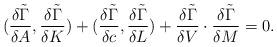
LaTeX: \begin{align*}({{\delta \tilde \Gamma} \over {\delta A}},{{\delta \tilde \Gamma} \over {\delta K}} )+({{\delta \tilde \Gamma} \over {\delta c}},{{\delta \tilde \Gamma} \over {\delta L}} )+{{\delta \tilde \Gamma} \over {\delta V}}\cdot{{\delta \tilde \Gamma} \over {\delta M}} =0.\end{align*}